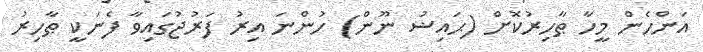
އަންހެން މީހާ ޠާހިރުކޮށް (ޙައިޟު ނޫން) ހުންނަ އިރު ފަރުޖުގައިވާ ފެނަކީ ޠާހިރު